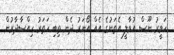
ހަވީރު ނޫސް އުވާލީ އެތަނުގެ އެއް އޯނަރު ދެން ތިބި ހަތަރު ހިއްސާދާރުން